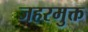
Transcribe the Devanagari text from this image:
जहरमुक्त